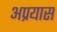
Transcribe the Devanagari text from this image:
अप्रयास